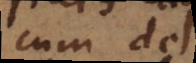
cum de